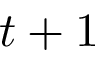
t + 1